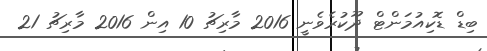
ބިޑް ޑޮކިއުމަންޓް ދޫކުރެވެނީ 2016 މާރިޗު 10 އިން 2016 މާރިޗު 21